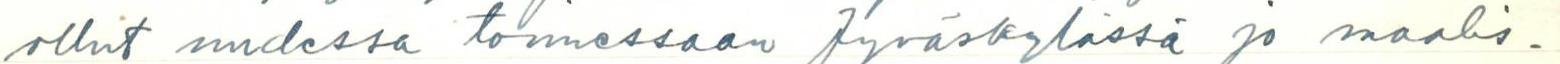
ollut uudessa toimessaan Jyväskylässä jo maalis-